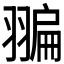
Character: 𦑮